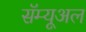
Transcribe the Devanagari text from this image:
सॅम्यूअल